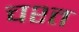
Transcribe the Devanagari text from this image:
चश्त